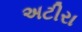
અટીરા